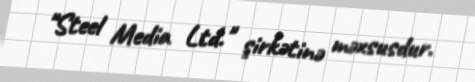
"Steel Media Ltd." şirkətinə məxsusdur.